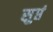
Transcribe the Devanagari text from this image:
सुप्तं